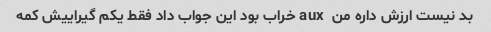
بد نیست ارزش داره من  aux خراب بود این جواب داد فقط یکم گیراییش کمه